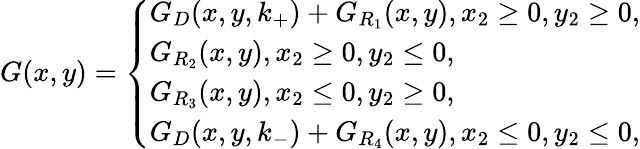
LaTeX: G(x,y)=\left\{ \begin{array}{ll}{G_{D}(x,y,k_{+})+G_{R_{1}}(x,y),x_{2}\geq 0,y_{2}\geq 0,}\\ {G_{R_{2}}(x,y),x_{2}\geq 0,y_{2}\leq 0,}\\ {G_{R_{3}}(x,y),x_{2}\leq 0,y_{2}\geq 0,}\\ {G_{D}(x,y,k_{-})+G_{R_{4}}(x,y),x_{2}\leq 0,y_{2}\leq 0,}\end{array}\right.